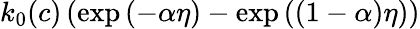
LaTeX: \begin{array}{r}{k_{0}(c)\left(\exp{\left(-\alpha\eta\right)}-\exp{\left((1-\alpha)\eta\right)}\right)}\end{array}